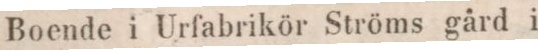
Boende i Urfabrikör Ströms gård i